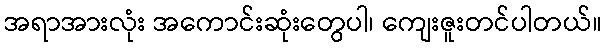
အရာအားလုံး အကောင်းဆုံးတွေပါ၊ ကျေးဇူးတင်ပါတယ်။